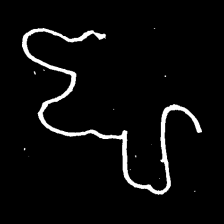
Pyu character \u2014 Myanmar letter: ဈ (romanized: jha)